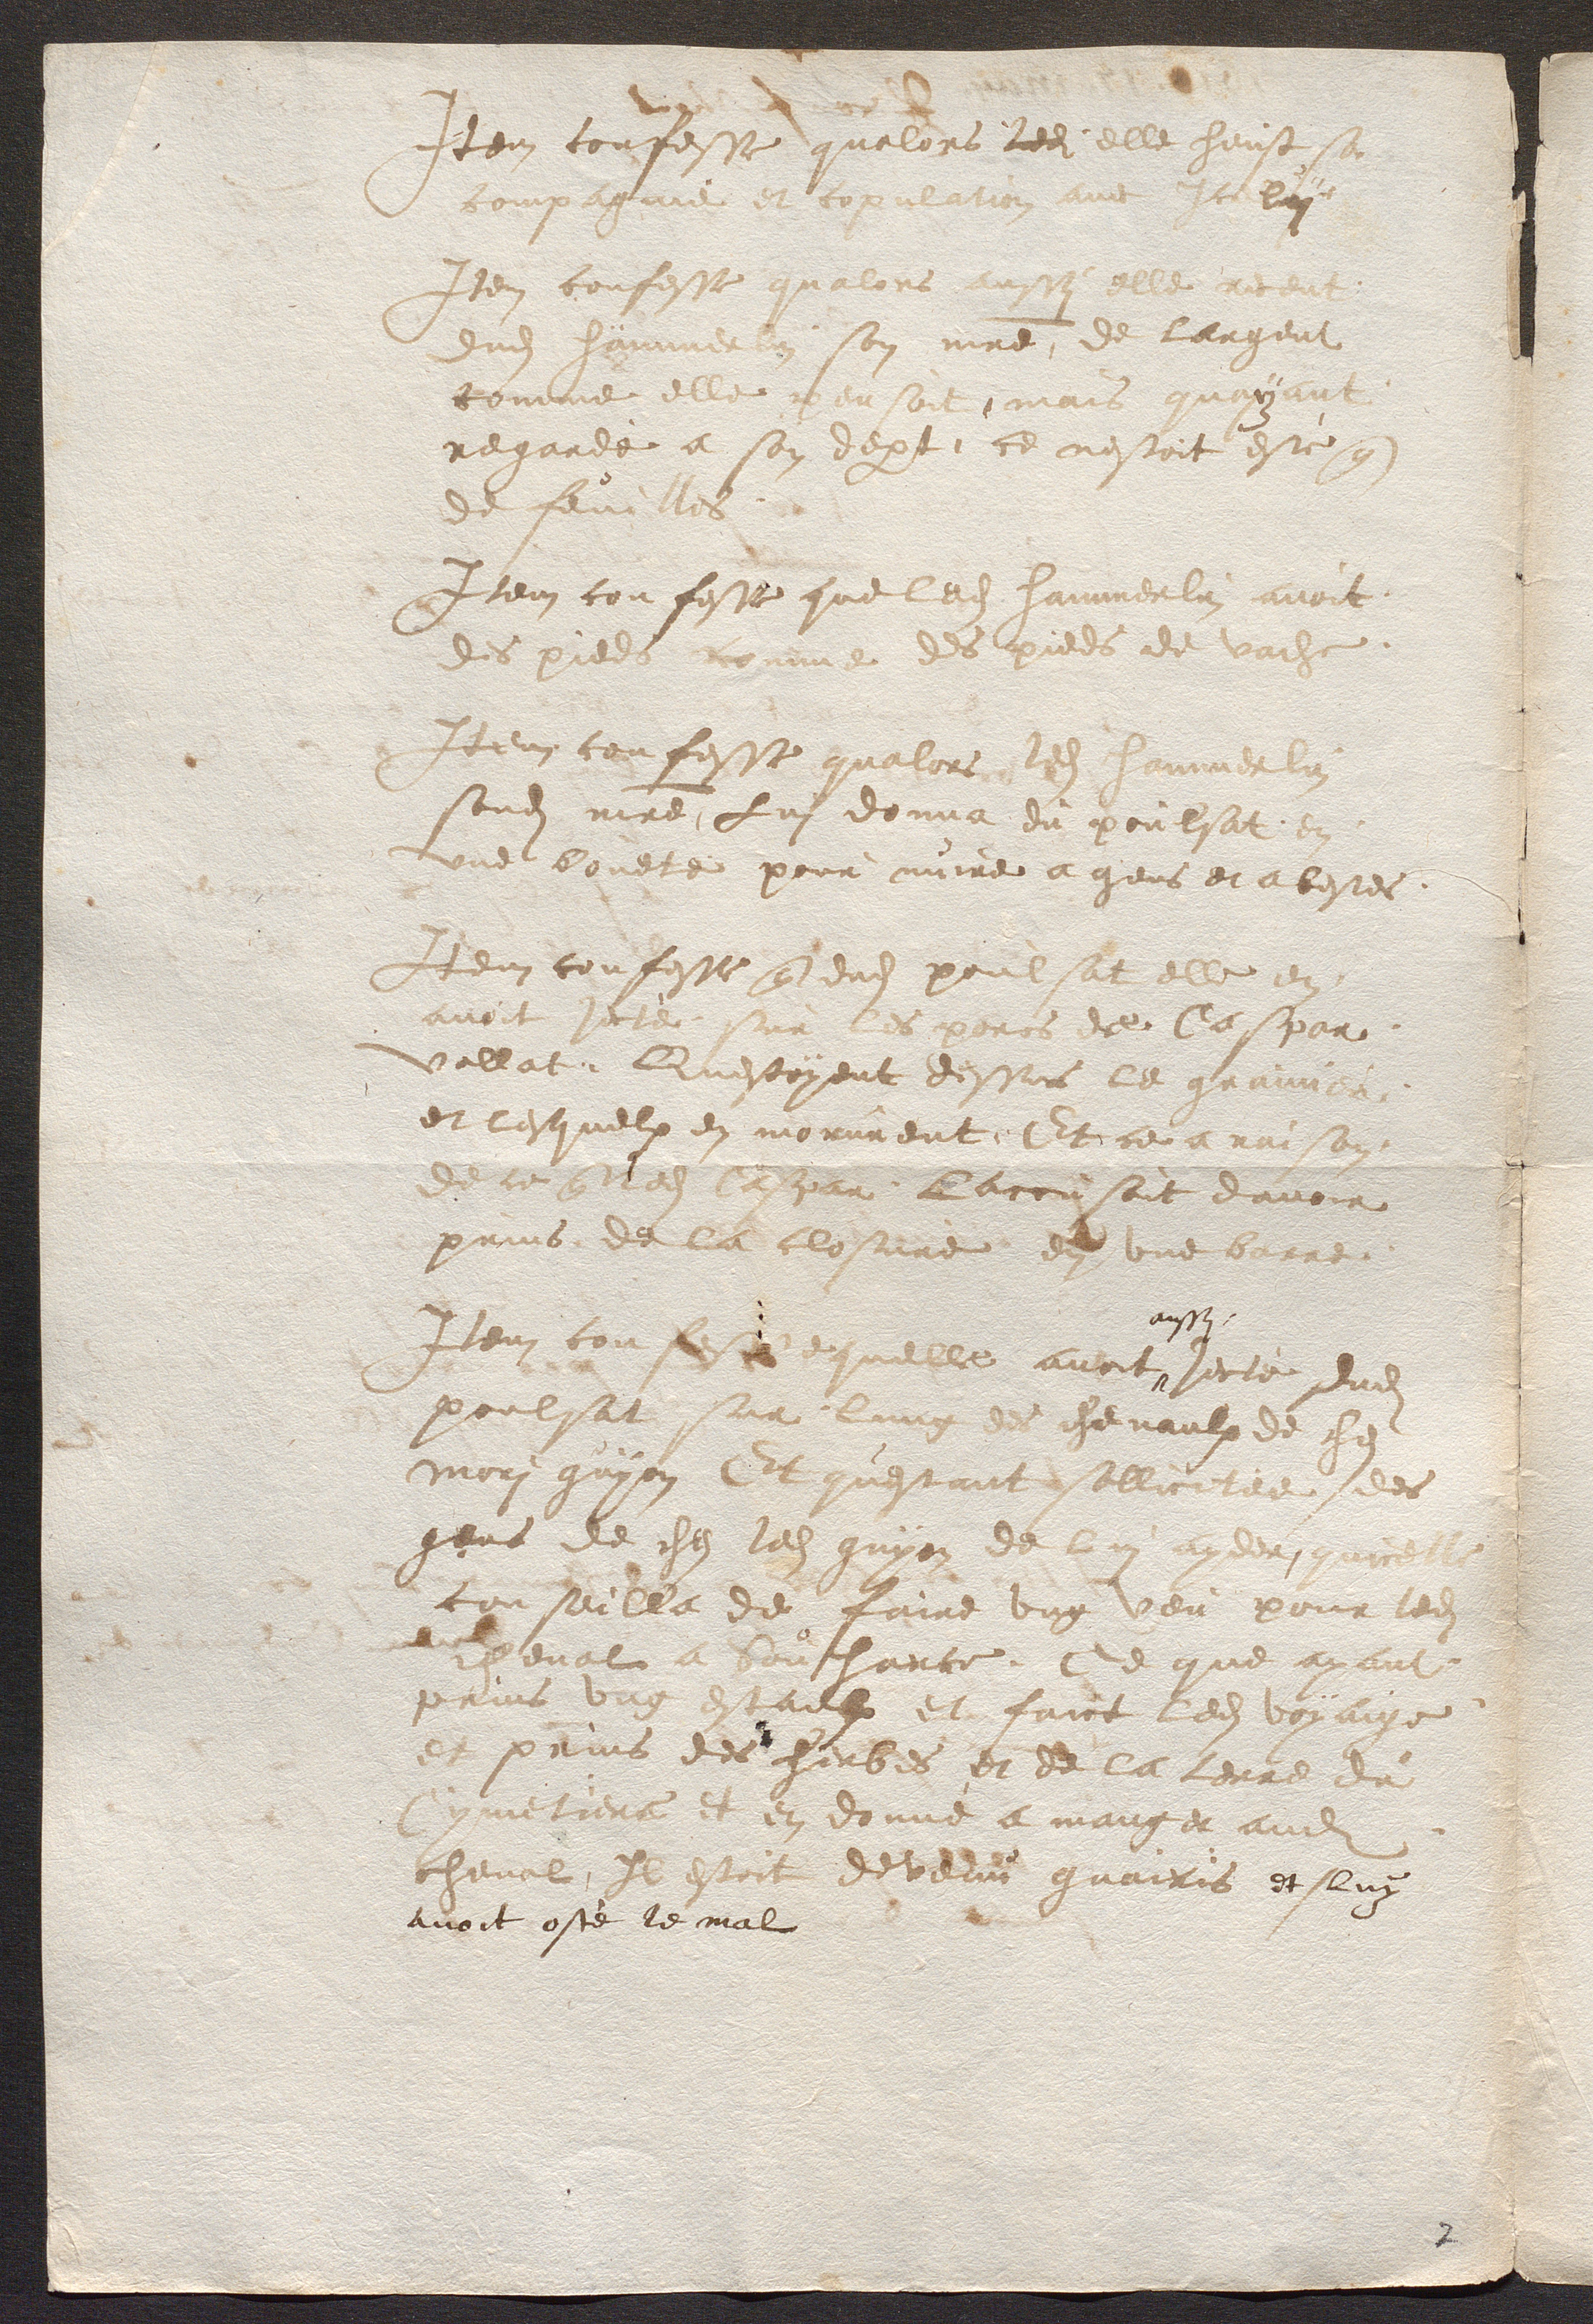
Item confesse qualors ledi elle heust sa
compagnie et copulation avec Iceluy
Item confesse qualors aussy elle receut
dudit Hämmerlin son maitre, de largent
comme elle pensoit, mais quayant
regardé a son depart, ce nestoit esté que
de feuilles.
Item confesse que ledit Hammerlin avoit
des pieds comme des pieds de vache.
Item confesse qualors ledit Hammerlin
sondit maitre, Lui donna du poulsat en
une bouete pour nuire a gens et a bestes.
Item confesse que dudit poulsat elle en
avoit jecté sur les porcs de Caspar
vallat, Questoyent dessus le grainier
et lesquelx en morurent, Et ce a raison
de ce que ledit Caspar laccusoit davoir
prins de la closure en une barre.
aussi
Item confesse quelle avoit jecté dudit
poulsat sur lung des chevaulx de chez
Mori guyon Et questant sollicitee des
gens de chez ledit guyon de lui ayder, quicelle
conseilla de faire ung veu pour ledit
cheval a Souharce, Ce que ayant
prins ung estaulx et faict ledit voyaige
et prins des herbes et de la terre du
Cymetiere et en donné a manger audit
cheval, Il estoit devenu guairis et luy
avoit osté le mal